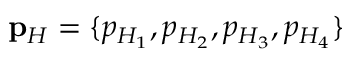
\mathbf { p } _ { H } = \{ p _ { H _ { 1 } } , p _ { H _ { 2 } } , p _ { H _ { 3 } } , p _ { H _ { 4 } } \}